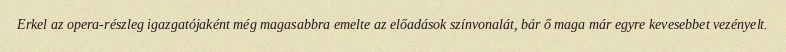
Erkel az opera-részleg igazgatójaként még magasabbra emelte az előadások színvonalát, bár ő maga már egyre kevesebbet vezényelt.